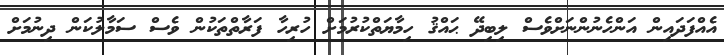
އެއްފަދައިން އަންހެނުންނަށްވެސް ލިބިދޭ ޙައްޤު ހިމާޔަތްކުރުމަށް ހުރިހާ ފަރާތްތަކުން ވެސް ސަމާލުކަން ދިނުމަށް